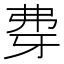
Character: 𰐖